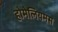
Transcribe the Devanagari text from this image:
होमेलियमस